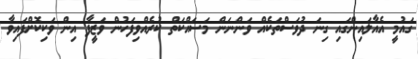
ގައުމީ އެއާލައިންގައި ގިނަ ދުވަސްތަކެއް ވަންނަން މަސައްކަތް ކުރެއްވިފަހުން ވަޒީފާ އިން ވަކިކޮށްފައިވާ